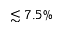
\lesssim 7 . 5 \%